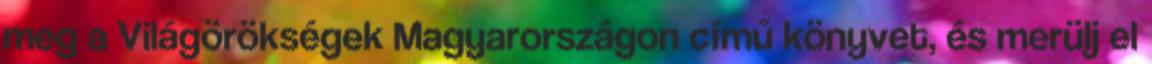
meg a Világörökségek Magyarországon című könyvet, és merülj el